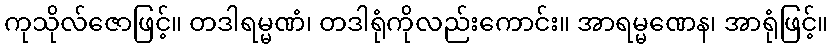
ကုသိုလ်ဇောဖြင့်။ တဒါရမ္မဏံ၊ တဒါရုံကိုလည်းကောင်း။ အာရမ္မဏေန၊ အာရုံဖြင့်။